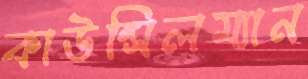
কাউন্সিলম্যান